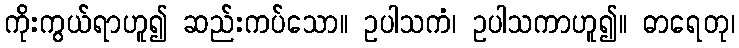
ကိုးကွယ်ရာဟူ၍ ဆည်းကပ်သော။ ဥပါသကံ၊ ဥပါသကာဟူ၍။ ဓာရေတု၊